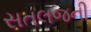
સતલજની